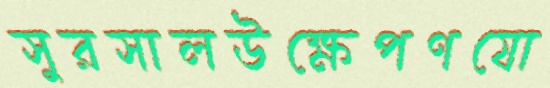
সুরসালউক্ষেপণযো